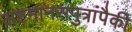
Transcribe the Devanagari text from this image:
अष्टमानसपुत्रांपैकी